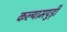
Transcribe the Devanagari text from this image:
कल्यामपुड़ी